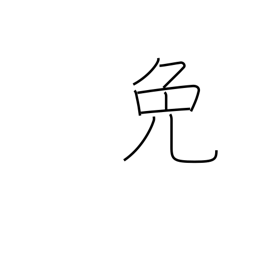
Meaning: excuse